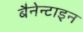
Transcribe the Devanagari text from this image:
बैनेन्टाइन